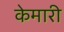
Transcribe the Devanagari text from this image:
केमारी